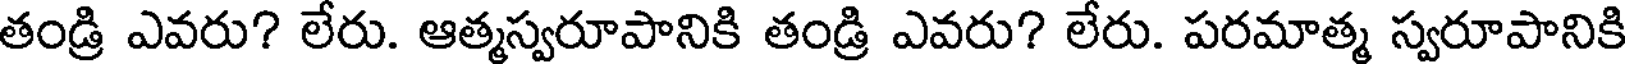
తండ్రి ఎవరు? లేరు. ఆత్మస్వరూపానికి తండ్రి ఎవరు? లేరు. పరమాత్మ స్వరూపానికి